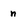
Character: n